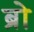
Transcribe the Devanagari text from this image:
ब्रो